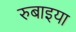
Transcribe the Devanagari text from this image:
रुबाइया